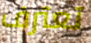
تعترف